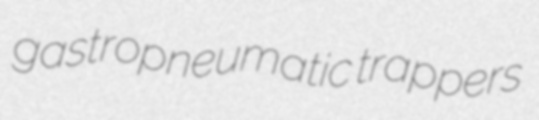
gastropneumatic trappers